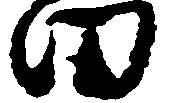
田